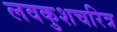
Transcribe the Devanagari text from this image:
लवकुशचरित्र